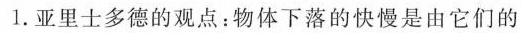
1.亚里士多德的观点：物体下落的快慢是由它们的